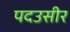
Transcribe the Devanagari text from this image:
पदउसीर